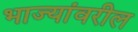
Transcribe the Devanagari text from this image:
भाज्यांवरील